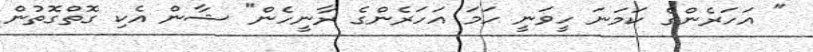
" އަހަރެންގެ ކަމަނަ ހީވަނީ ހަމަ އަހަރެންގެ ރާނީހެން" ޝާން އެކި ގޮތްގޮތުން